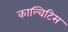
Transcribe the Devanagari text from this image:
काल्विटिस